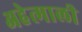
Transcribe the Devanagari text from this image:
अहेत्माली